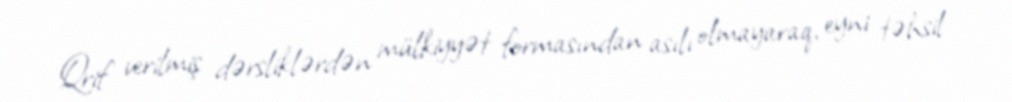
Qrif verilmiş dərsliklərdən mülkiyyət formasından asılı olmayaraq, eyni təhsil